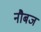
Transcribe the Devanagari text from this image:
नौबज